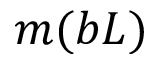
m ( b L )